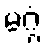
မဂ္ဂံ